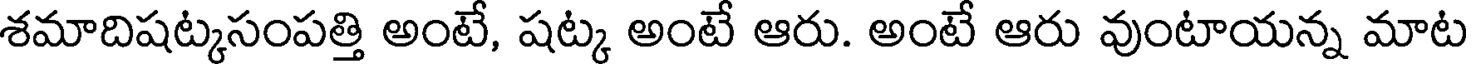
శమాదిషట్కసంపత్తి అంటే, షట్క అంటే ఆరు. అంటే ఆరు వుంటాయన్న మాట